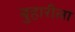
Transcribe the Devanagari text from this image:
बुहारीला